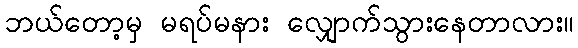
ဘယ်တော့မှ မရပ်မနား လျှောက်သွားနေတာလား။